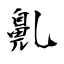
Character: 𪖐